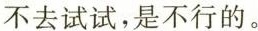
不去试试，是不行的。